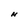
Character: N